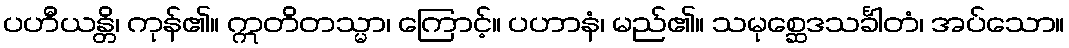
ပဟီယန္တိ၊ ကုန်၏။ ဣတိတသ္မာ၊ ကြောင့်။ ပဟာနံ၊ မည်၏။ သမုစ္ဆေဒသင်္ခါတံ၊ အပ်သော။